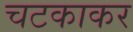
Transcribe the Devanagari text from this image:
चटकाकर